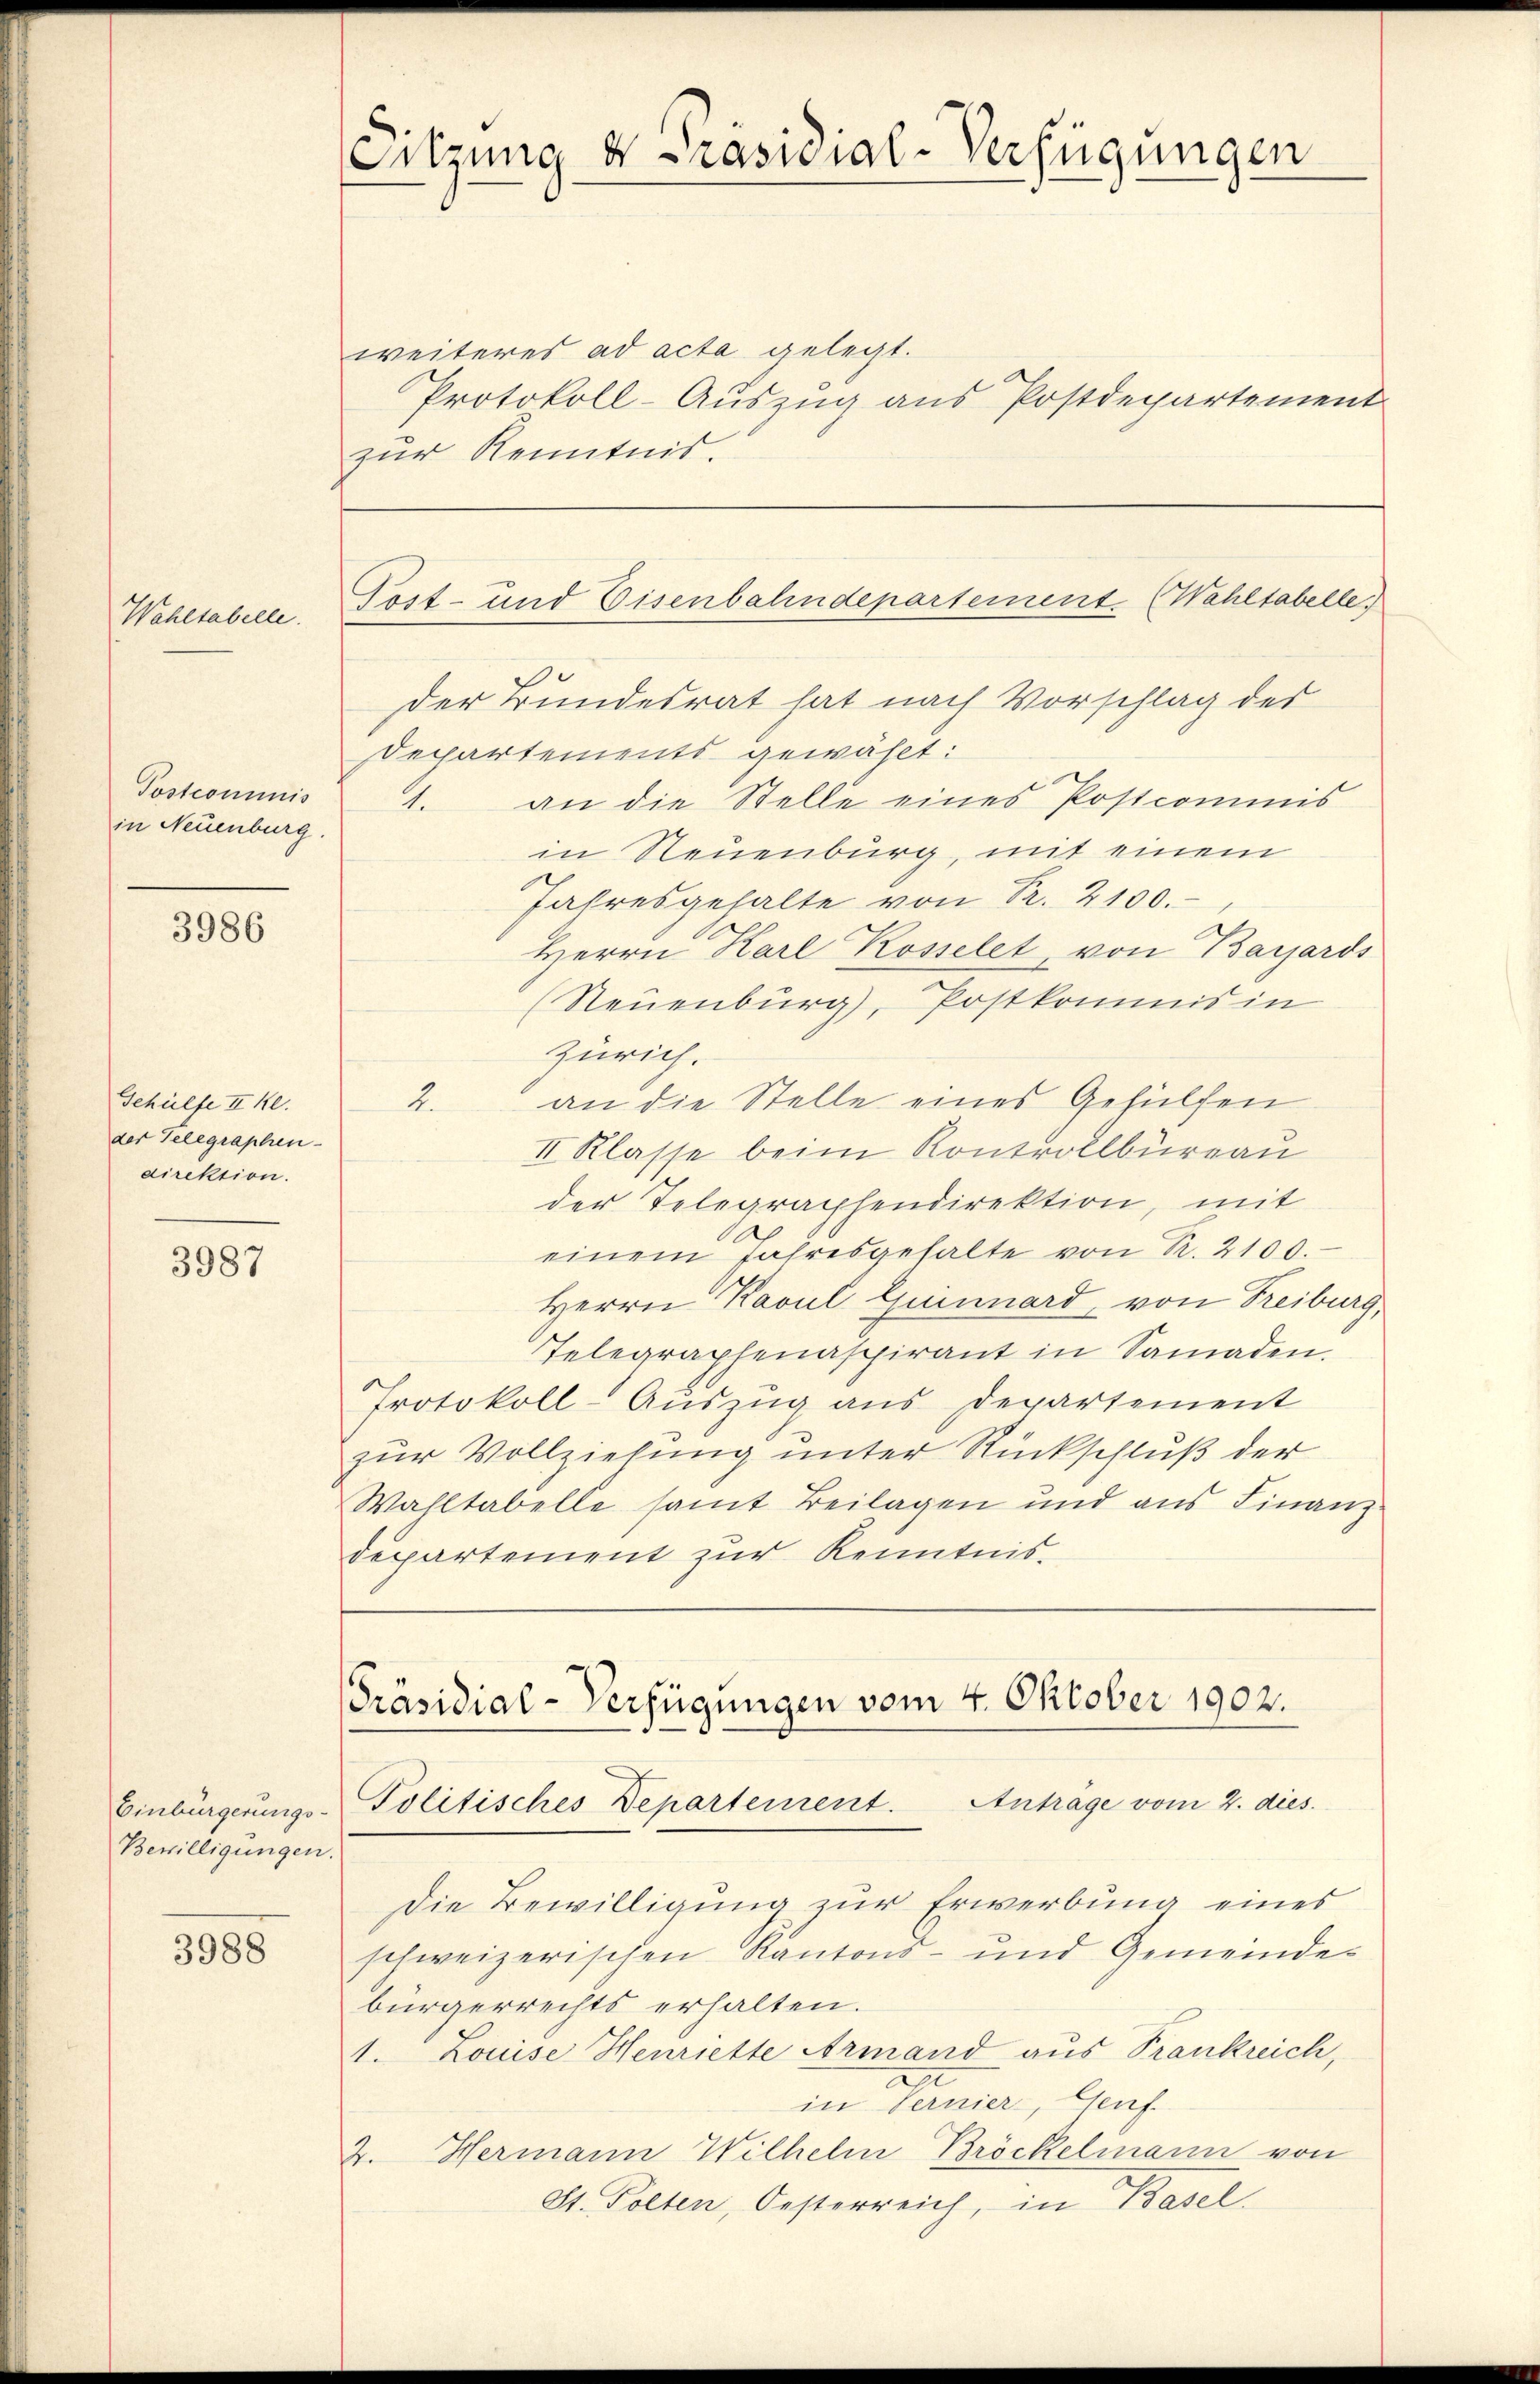
Wahltabelle.

Postcommis
in Neuenburg.

3986

Gehülfe II Kl.
der Gelegraphen-
direktion.

3987

Einbürgerungs¬
Bewilligungen.

3988

weiteres ad acta gelegt.
Protokoll-Auszug aus Postdepartement
zur Kenntnis.

Sitzung ds Präsidial-Verfügungen

Gost- und Eisenbahndepartement. (Wahltabelle

der Bundesrat hat nach Vorschlag des
Departements gewählt:
1. an die Stelle eines Postcommis
in Neuenburg, mit einem
Jahresgehalte von Pr. 2100.
Herrn Karl Rosselet von Bazards
(Neuenburg), Postkommis in
Zürich.
an die Stelle eines Gehülfen
2.
II Klasse beim Kontrollbüreau
der Telegraphendirektion, mit
einem Jahresgehalte von R. 2100.
Herrn Kavul Quinnard, von Freiburg,
Telegraphenaspirant in Samaden,
Protokoll-Auszug aus Departement
zur Vollziehung unter Rückschluß der
Wahltabelle samt Beilagen und aus Finanz
departement zur Kenntnis.
PPräsidial-Verfügungen vom 4. Oktober 1902.
Politisches Departement. Antrage vom 2. dies
Die Bewilligung zur Erwerbung eines
schweizerischen Kantons- und Gemeindebürgerrechts erhalten.
1. Louise Henriette Armand aus Frankreich,
in Fernier, Genf.
4. Hermann Wilhelm Bröckelmann von
St. Polten, Oesterreich, in Basel